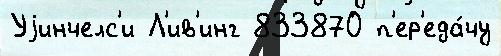
Уjинчелс'и Л'ив'инг 833870 п'ер'еда́чу